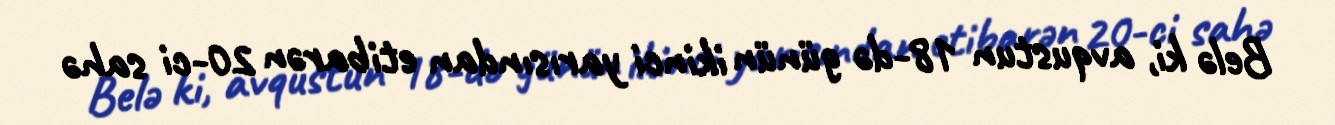
Belə ki, avqustun 18-də günün ikinci yarısından etibarən 20-ci sahə